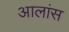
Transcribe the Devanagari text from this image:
आलांस